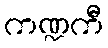
ကဏ္ဍကီ